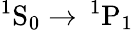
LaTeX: ^1\mathrm{S}_{0}\rightarrow\, ^{1}\mathrm{P}_{1}